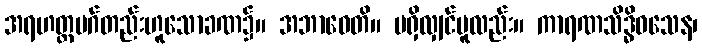
အရဟတ္တမဂ်တည်းဟူသောခဏ၌။ အဘာဝေတိ။ မရှိလျှင်မူလည်း။ ကာရဏသိဒ္ဓိဝသေန၊